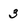
Character: 3